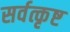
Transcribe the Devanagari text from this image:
सर्वत्कृष्ट